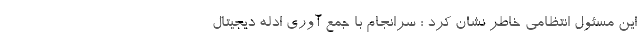
این مسئول انتظامی خاطر نشان کرد : سرانجام با جمع آوری ادله دیجیتال